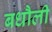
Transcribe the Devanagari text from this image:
बधौली